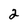
Character: 2